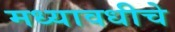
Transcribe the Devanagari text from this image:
मध्यावधीचे